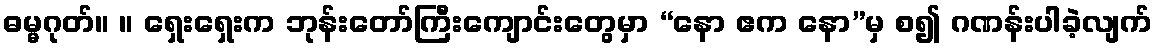
ဓမ္မဂုတ်။ ။ ရှေးရှေးက ဘုန်းတော်ကြီးကျောင်းတွေမှာ “နော ဧက နော”မှ စ၍ ဂဏန်းပါခဲ့လျက်